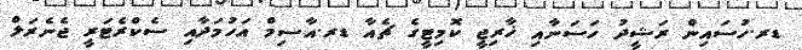
ޑރ.ހުސައިން ރަޝީދު ހަސަނާއި ޚާރިޖީ ކޮމިޓީގެ ޗެއާ ޑރ.އާސިމް އަހުމަދާއި ސެކްރެޓަރީ ޖެނެރަލް